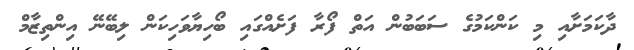
ދާކަމަށާއި މި ކަންކަމުގެ ސަބަބުން އަތް ފޯރާ ފަށެއްގައި ބޯހިޔާވަހިކަން ލިބޭނޭ އިންތިޒާމް